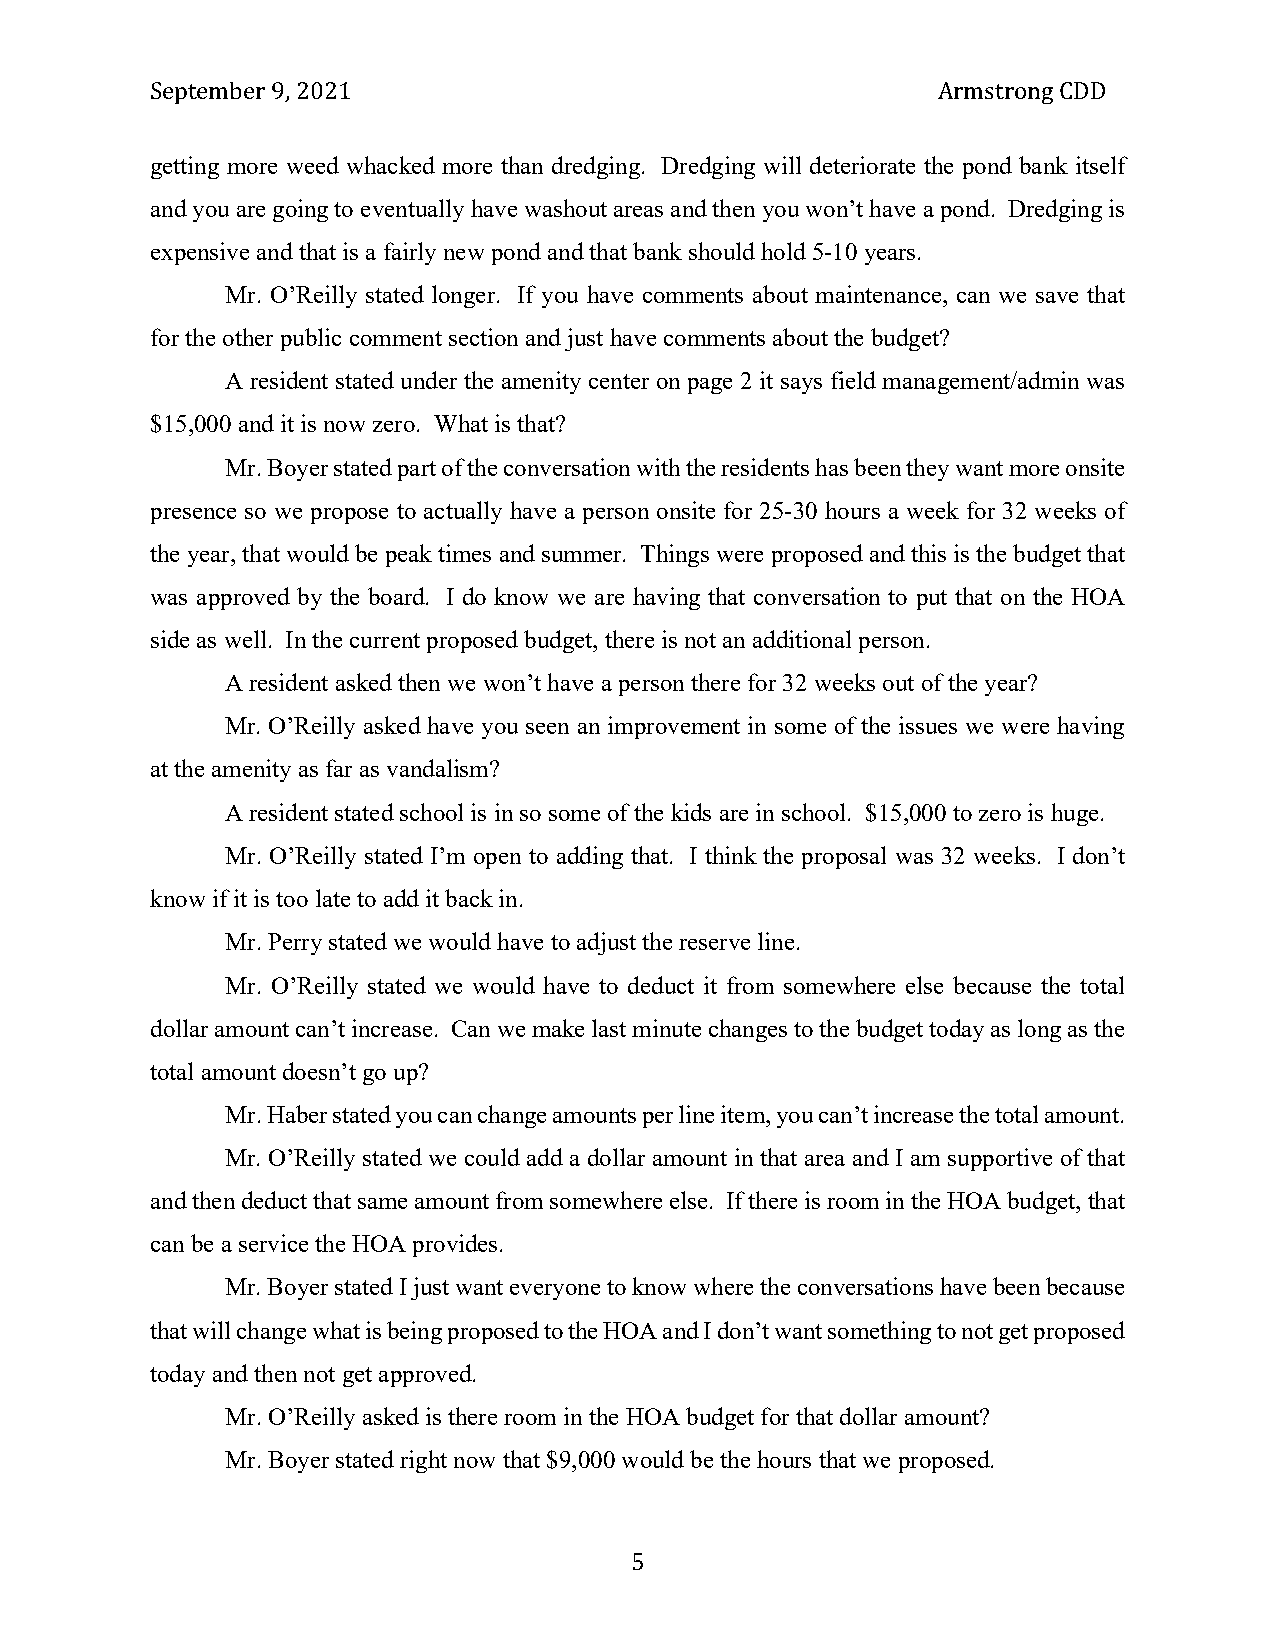
September 9, 2021                                   Armstrong CDD
 getting more weed whacked more than dredging. Dredging will deteriorate the pond bank itself
 and you are going to eventually have washout areas and then you won’t have a pond. Dredging is
 expensive and that is a fairly new pond and that bank should hold 5-10 years.
 Mr. O’Reilly stated longer. If you have comments about maintenance, can we save that
 for the other public comment section and just have comments about the budget?
 A resident stated under the amenity center on page 2 it says field management/admin was
 $15,000 and it is now zero. What is that?
 Mr. Boyer stated part of the conversation with the residents has been they want more onsite
 presence so we propose to actually have a person onsite for 25-30 hours a week for 32 weeks of
 the year, that would be peak times and summer. Things were proposed and this is the budget that
 was approved by the board. I do know we are having that conversation to put that on the HOA
 side as well. In the current proposed budget, there is not an additional person.
 A resident asked then we won’t have a person there for 32 weeks out of the year?
 Mr. O’Reilly asked have you seen an improvement in some of the issues we were having
 at the amenity as far as vandalism?
 A resident stated school is in so some of the kids are in school. $15,000 to zero is huge.
 Mr. O’Reilly stated I’m open to adding that. I think the proposal was 32 weeks. I don’t
 know if it is too late to add it back in.
 Mr. Perry stated we would have to adjust the reserve line.
 Mr. O’Reilly stated we would have to deduct it from somewhere else because the total
 dollar amount can’t increase. Can we make last minute changes to the budget today as long as the
 total amount doesn’t go up?
 Mr. Haber stated you can change amounts per line item, you can’t increase the total amount.
 Mr. O’Reilly stated we could add a dollar amount in that area and I am supportive of that
 and then deduct that same amount from somewhere else. If there is room in the HOA budget, that
 can be a service the HOA provides.
 Mr. Boyer stated I just want everyone to know where the conversations have been because
 that will change what is being proposed to the HOA and I don’t want something to not get proposed
 today and then not get approved.
 Mr. O’Reilly asked is there room in the HOA budget for that dollar amount?
 Mr. Boyer stated right now that $9,000 would be the hours that we proposed.
 5